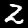
Digit: 2